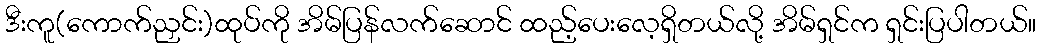
ဒီးကူ(ကောက်ညှင်း)ထုပ်ကို အိမ်ပြန်လက်ဆောင် ထည့်ပေးလေ့ရှိတယ်လို့ အိမ်ရှင်က ရှင်းပြပါတယ်။